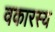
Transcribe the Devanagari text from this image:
वकारस्य